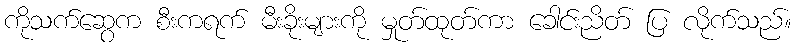
ကိုသက်ဆွေက စီးကရက် မီးခိုးများကို မှုတ်ထုတ်ကာ ခေါင်းညိတ် ပြ လိုက်သည်။